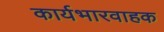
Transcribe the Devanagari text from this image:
कार्यभारवाहक